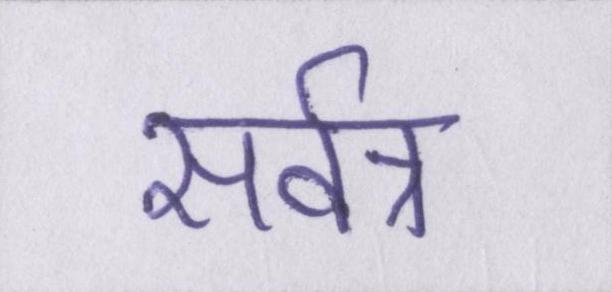
सर्वत्र